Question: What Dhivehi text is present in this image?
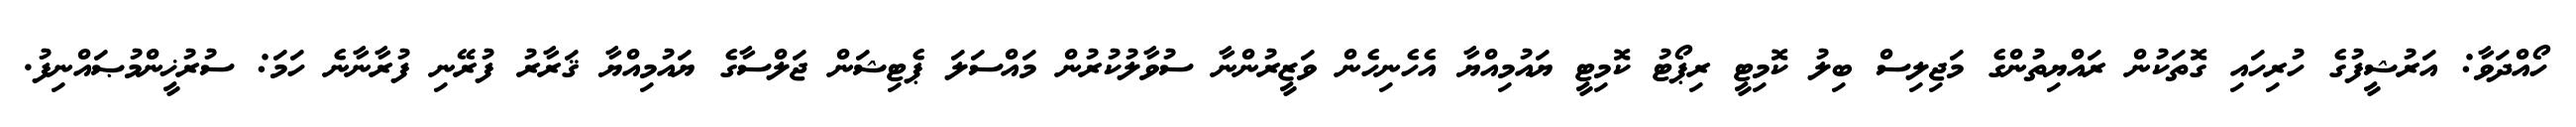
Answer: ހޯއްދަވާ: އަރުޝީފުގެ ހުރިހައި ގޮތަކުން ރައްޔިތުންގެ މަޖިލިސް ބިލު ކޮމިޓީ ރިޕޯޓު ކޮމިޓީ ޔައުމިއްޔާ އެހެނިހެން ވަޒީރުންނާ ސުވާލުކުރުން މައްސަލަ ޕެޓިޝަން ޖަލްސާގެ ޔައުމިއްޔާ ޤަރާރު ފުރޭނި ފުރާނާނެ ހަމަ: ސުރުޚީންމުޞައްނިފު.